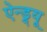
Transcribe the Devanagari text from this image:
ऐन्ड्र्यू